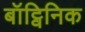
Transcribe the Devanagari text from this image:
बॉट्विनिक